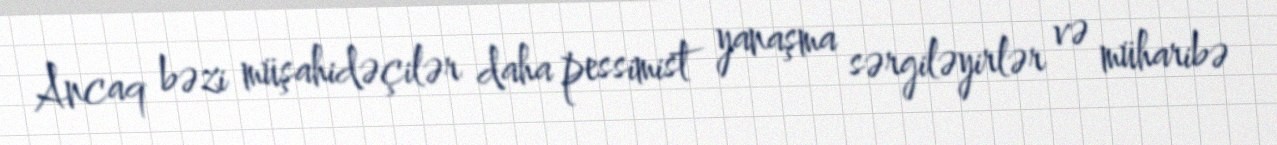
Ancaq bəzi müşahidəçilər daha pessimist yanaşma sərgiləyirlər və müharibə